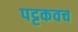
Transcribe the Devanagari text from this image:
पट्टकवच